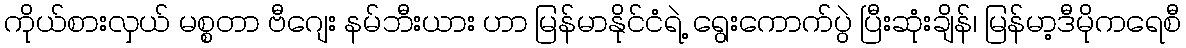
ကိုယ်စားလှယ် မစ္စတာ ဗီဂျေး နမ်ဘီးယား ဟာ မြန်မာနိုင်ငံရဲ့ ရွေးကောက်ပွဲ ပြီးဆုံးချိန်၊ မြန်မာ့ဒီမိုကရေစီ